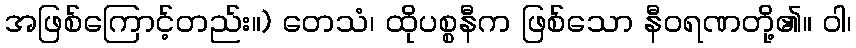
အဖြစ်ကြောင့်တည်း။) တေသံ၊ ထိုပစ္စနီက ဖြစ်သော နီဝရဏတို့၏။ ဝါ၊